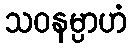
သဝနမ္ပာဟံ